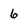
Character: 6